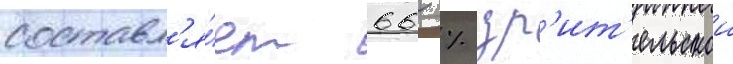
составл'я́ет 66 % зр'ит'ельскои